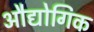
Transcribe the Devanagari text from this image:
औद्योगिक